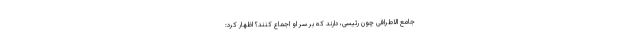
جامع الاطرافی چون رئیسی، دارند که بر سر او اجماع کنند؟ اظهار کرد: